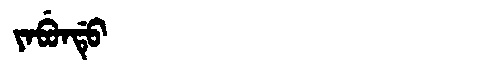
Manchu: ᠶᠠᠪᡠᠨᡩᡠ
Romanization: YABUNDU